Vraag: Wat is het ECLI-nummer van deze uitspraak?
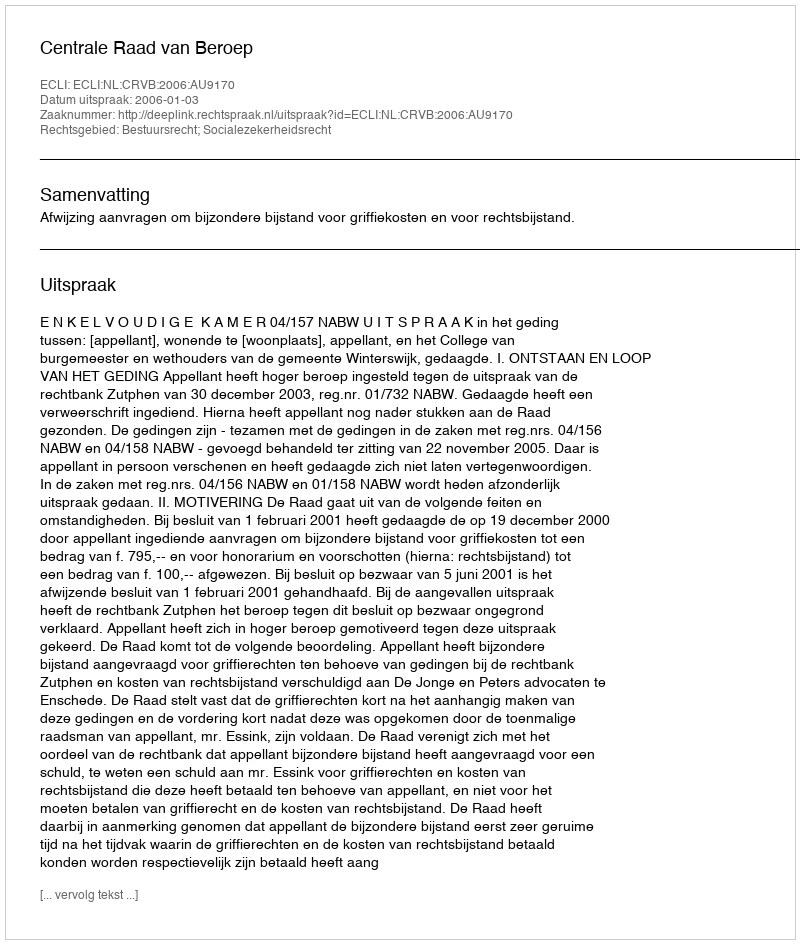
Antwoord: ECLI:NL:CRVB:2006:AU9170